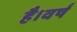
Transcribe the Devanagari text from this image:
है।वर्ष